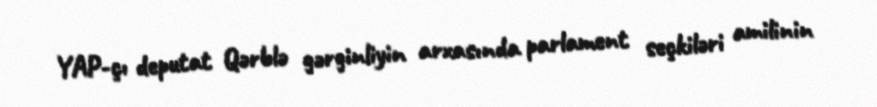
YAP-çı deputat Qərblə gərginliyin arxasında parlament seçkiləri amilinin